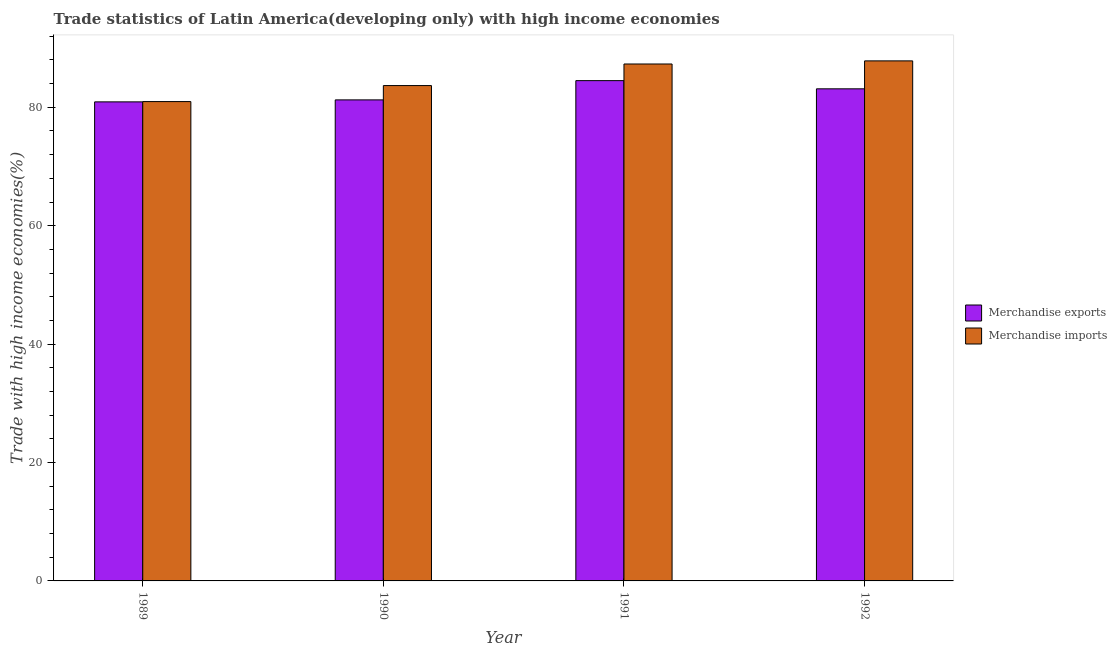
| Year | Merchandise exports | Merchandise imports |
 | --- | --- | --- |
 | 1989 | 80.9 | 81 |
 | 1990 | 81.3 | 83.7 |
 | 1991 | 84.5 | 87.3 |
 | 1992 | 83.1 | 87.8 |